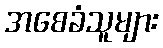
အစေခံသူများ